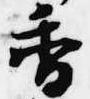
香